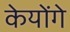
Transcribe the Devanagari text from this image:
केयोंगे